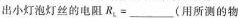
出小灯泡灯丝的电阻R_{L}=_____(用所测的物